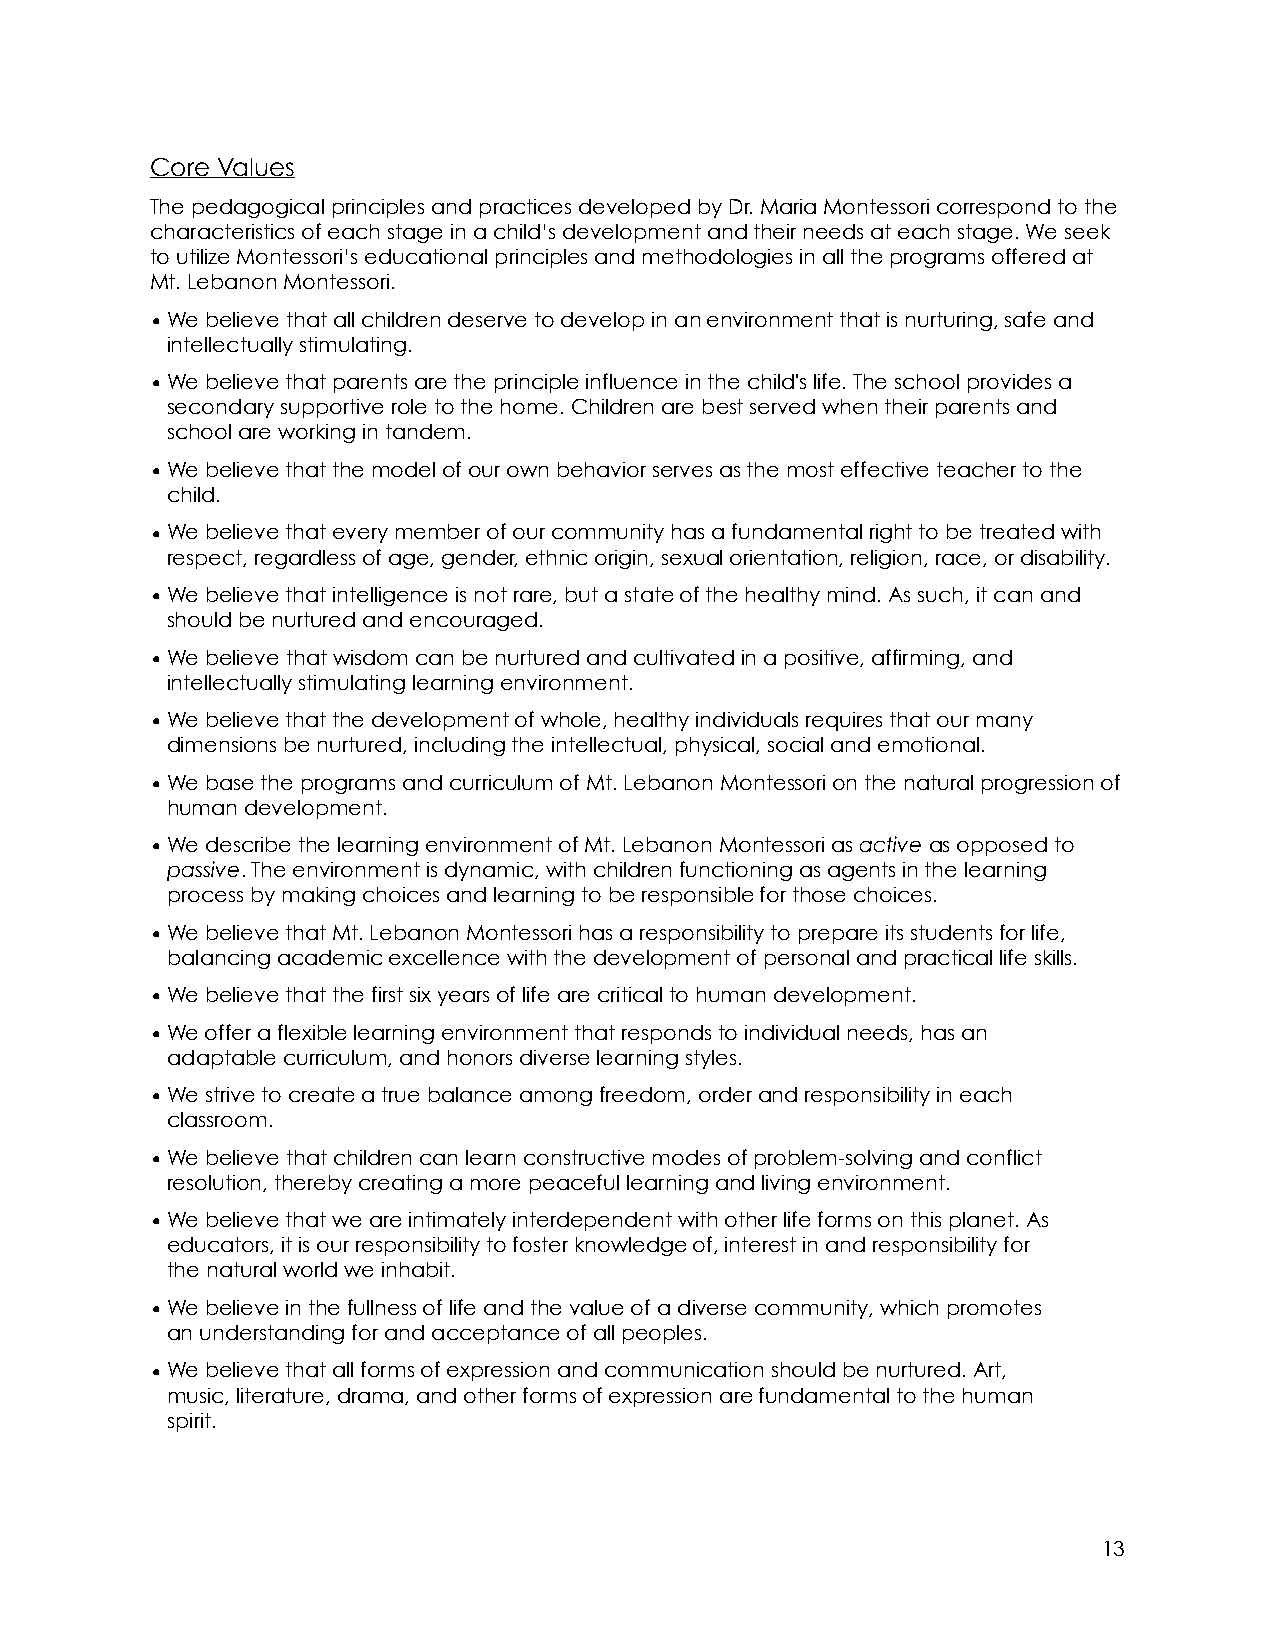
Core Values
 The pedagogical principles and practices developed by Dr. Maria Montessori correspond to the
 characteristics of each stage in a child’s development and their needs at each stage. We seek
 to utilize Montessori’s educational principles and methodologies in all the programs offered at
 Mt. Lebanon Montessori.
 •We believe that all children deserve to develop in an environment that is nurturing, safe and
 intellectually stimulating.
 •We believe that parents are the principle influence in the child's life. The school provides a
 secondary supportive role to the home. Children are best served when their parents and
 school are working in tandem.
 •We believe that the model of our own behavior serves as the most effective teacher to the
 child.
 •We believe that every member of our community has a fundamental right to be treated with
 respect, regardless of age, gender, ethnic origin, sexual orientation, religion, race, or disability.
 •We believe that intelligence is not rare, but a state of the healthy mind. As such, it can and
 should be nurtured and encouraged.
 •We believe that wisdom can be nurtured and cultivated in a positive, affirming, and
 intellectually stimulating learning environment.
 •We believe that the development of whole, healthy individuals requires that our many
 dimensions be nurtured, including the intellectual, physical, social and emotional.
 •We base the programs and curriculum of Mt. Lebanon Montessori on the natural progression of
 human development.
 •We describe the learning environment of Mt. Lebanon Montessori as active as opposed to
 passive. The environment is dynamic, with children functioning as agents in the learning
 process by making choices and learning to be responsible for those choices.
 •We believe that Mt. Lebanon Montessori has a responsibility to prepare its students for life,
 balancing academic excellence with the development of personal and practical life skills.
 •We believe that the first six years of life are critical to human development.
 •We offer a flexible learning environment that responds to individual needs, has an
 adaptable curriculum, and honors diverse learning styles.
 •We strive to create a true balance among freedom, order and responsibility in each
 classroom.
 •We believe that children can learn constructive modes of problem-solving and conflict
 resolution, thereby creating a more peaceful learning and living environment.
 •We believe that we are intimately interdependent with other life forms on this planet. As
 educators, it is our responsibility to foster knowledge of, interest in and responsibility for
 the natural world we inhabit.
 •We believe in the fullness of life and the value of a diverse community, which promotes
 an understanding for and acceptance of all peoples.
 •We believe that all forms of expression and communication should be nurtured. Art,
 music, literature, drama, and other forms of expression are fundamental to the human
 spirit.
 13